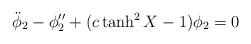
LaTeX: \begin{align*}{\ddot \phi}_2 - \phi_2 '' + (c \tanh^2 X -1) \phi_2 = 0\end{align*}